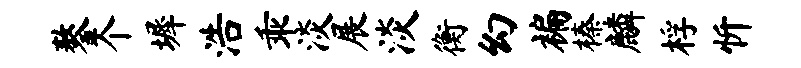
鏊个墀浩乖淡展淡衡幻褊榛麟桴忻